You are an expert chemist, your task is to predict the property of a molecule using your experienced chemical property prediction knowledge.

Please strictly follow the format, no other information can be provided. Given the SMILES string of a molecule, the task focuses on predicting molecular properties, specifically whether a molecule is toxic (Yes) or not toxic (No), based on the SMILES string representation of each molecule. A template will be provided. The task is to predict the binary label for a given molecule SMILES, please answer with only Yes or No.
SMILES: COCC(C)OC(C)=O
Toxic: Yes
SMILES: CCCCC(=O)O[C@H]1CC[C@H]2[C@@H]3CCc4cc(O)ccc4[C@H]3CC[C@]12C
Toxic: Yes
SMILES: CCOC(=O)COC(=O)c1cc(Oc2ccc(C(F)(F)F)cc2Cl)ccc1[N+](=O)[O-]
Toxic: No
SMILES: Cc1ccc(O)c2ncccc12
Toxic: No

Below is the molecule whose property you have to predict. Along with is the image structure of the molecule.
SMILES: Nc1ccc(/N=N/c2ccc(-c3ccc(/N=N/c4c(S(=O)(=O)[O-])cc5cc(S(=O)(=O)[O-])c(/N=N/c6ccccc6)c(O)c5c4N)cc3)cc2)c(N)c1
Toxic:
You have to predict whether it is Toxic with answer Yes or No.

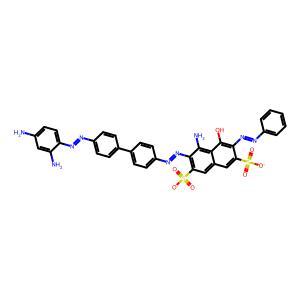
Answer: No